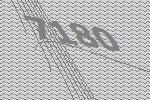
7180